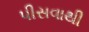
પીસવાથી